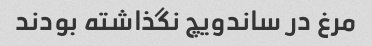
مرغ در ساندویچ نگذاشته بودند